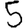
Digit: 5